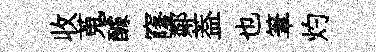
收蒐醵窿鄰葢也筆灼